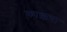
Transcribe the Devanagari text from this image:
काझचा